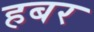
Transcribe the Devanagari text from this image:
हबर